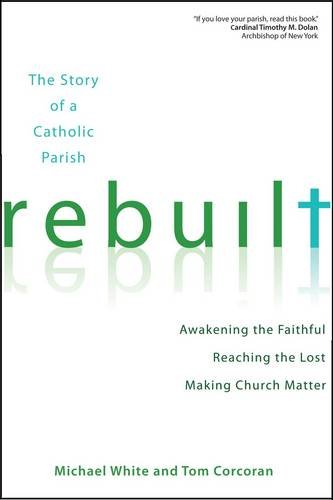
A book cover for Rebuilt: Awakening the Faithful, Reaching the Lost, and Making Church Matter; Michael White; Christian Books & Bibles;